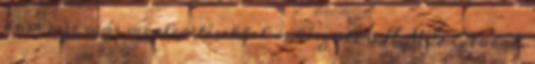
de persze más meglepetésekkel is készült a HMD Global.